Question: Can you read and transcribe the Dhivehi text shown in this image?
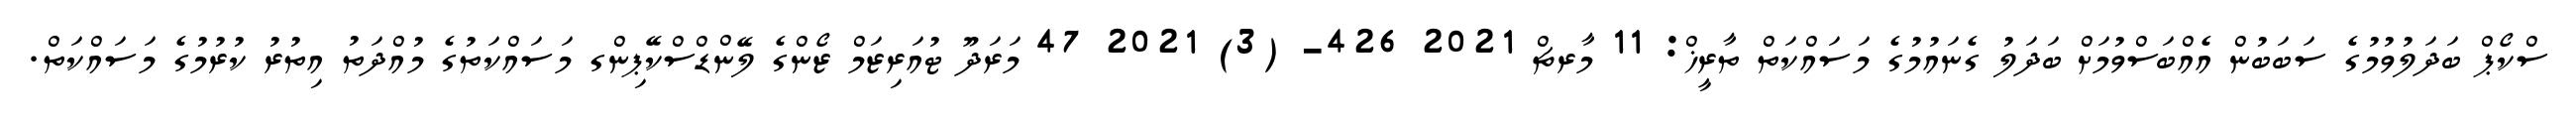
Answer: ސްކޯޕް ބަދަލުވުމުގެ ސަބަބުން އެއްބަސްވުމަށް ބަދަލު ގެނައުމުގެ މަސައްކަތް ތާރީޚް: 11 މާރޗް 2021 426- (3) 2021 47 މަރަދޫ ޓުއަރިޒަމް ޒޯންގެ ލޭންޑްސްކޭޕިންގ މަސައްކަތުގެ މުއްދަތު އިތުރު ކުރުމުގެ މަސައްކަތް.